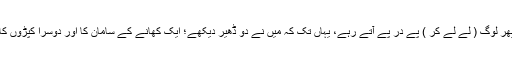
پھر لوگ ( لے لے کر ) پے در پے آتے رہے، یہاں تک کہ میں نے دو ڈھیر دیکھے؛ ایک کھانے کے سامان کا اور دوسرا کپڑوں کا۔